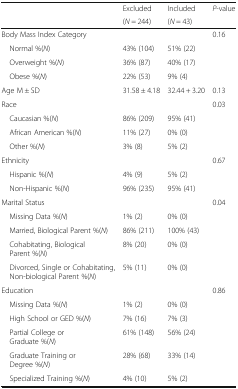
| <ROWSPAN=2>  | Excluded | Included | P-value |
 | (N = 244) | (N = 43) |  |
 | --- | --- | --- | --- |
 | Body Mass Index Category |  |  | 0.16 |
 | Normal %(N) | 43% (104) | 51% (22) |  |
 | Overweight %(N) | 36% (87) | 40% (17) |  |
 | Obese %(N) | 22% (53) | 9% (4) |  |
 | Age M ± SD | 31.58 ± 4.18 | 32.44 + 3.20 | 0.13 |
 | Race |  |  | 0.03 |
 | Caucasian %(N) | 86% (209) | 95% (41) |  |
 | African American %(N) | 11% (27) | 0% (0) |  |
 | Other %(N) | 3% (8) | 5% (2) |  |
 | Ethnicity |  |  | 0.67 |
 | Hispanic %(N) | 4% (9) | 5% (2) |  |
 | Non-Hispanic %(N) | 96% (235) | 95% (41) |  |
 | Marital Status |  |  | 0.04 |
 | Missing Data %(N) | 1% (2) | 0% (0) |  |
 | Married, Biological Parent %(N) | 86% (211) | 100% (43) |  |
 | Cohabitating, Biological Parent %(N) | 8% (20) | 0% (0) |  |
 | Divorced, Single or Cohabitating, Non-biological Parent %(N) | 5% (11) | 0% (0) |  |
 | Education |  |  | 0.86 |
 | Missing Data %(N) | 1% (2) | 0% (0) |  |
 | High School or GED %(N) | 7% (16) | 7% (3) |  |
 | Partial College or Graduate %(N) | 61% (148) | 56% (24) |  |
 | Graduate Training or Degree %(N) | 28% (68) | 33% (14) |  |
 | Specialized Training %(N) | 4% (10) | 5% (2) |  |